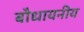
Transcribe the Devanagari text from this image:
बौधायनीय